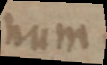
num